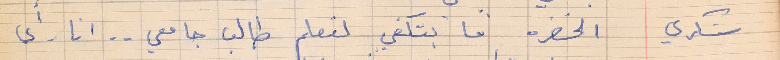
شكري      الخضره ما بتكفي لتعلم طالب جامعي . . انا رأي